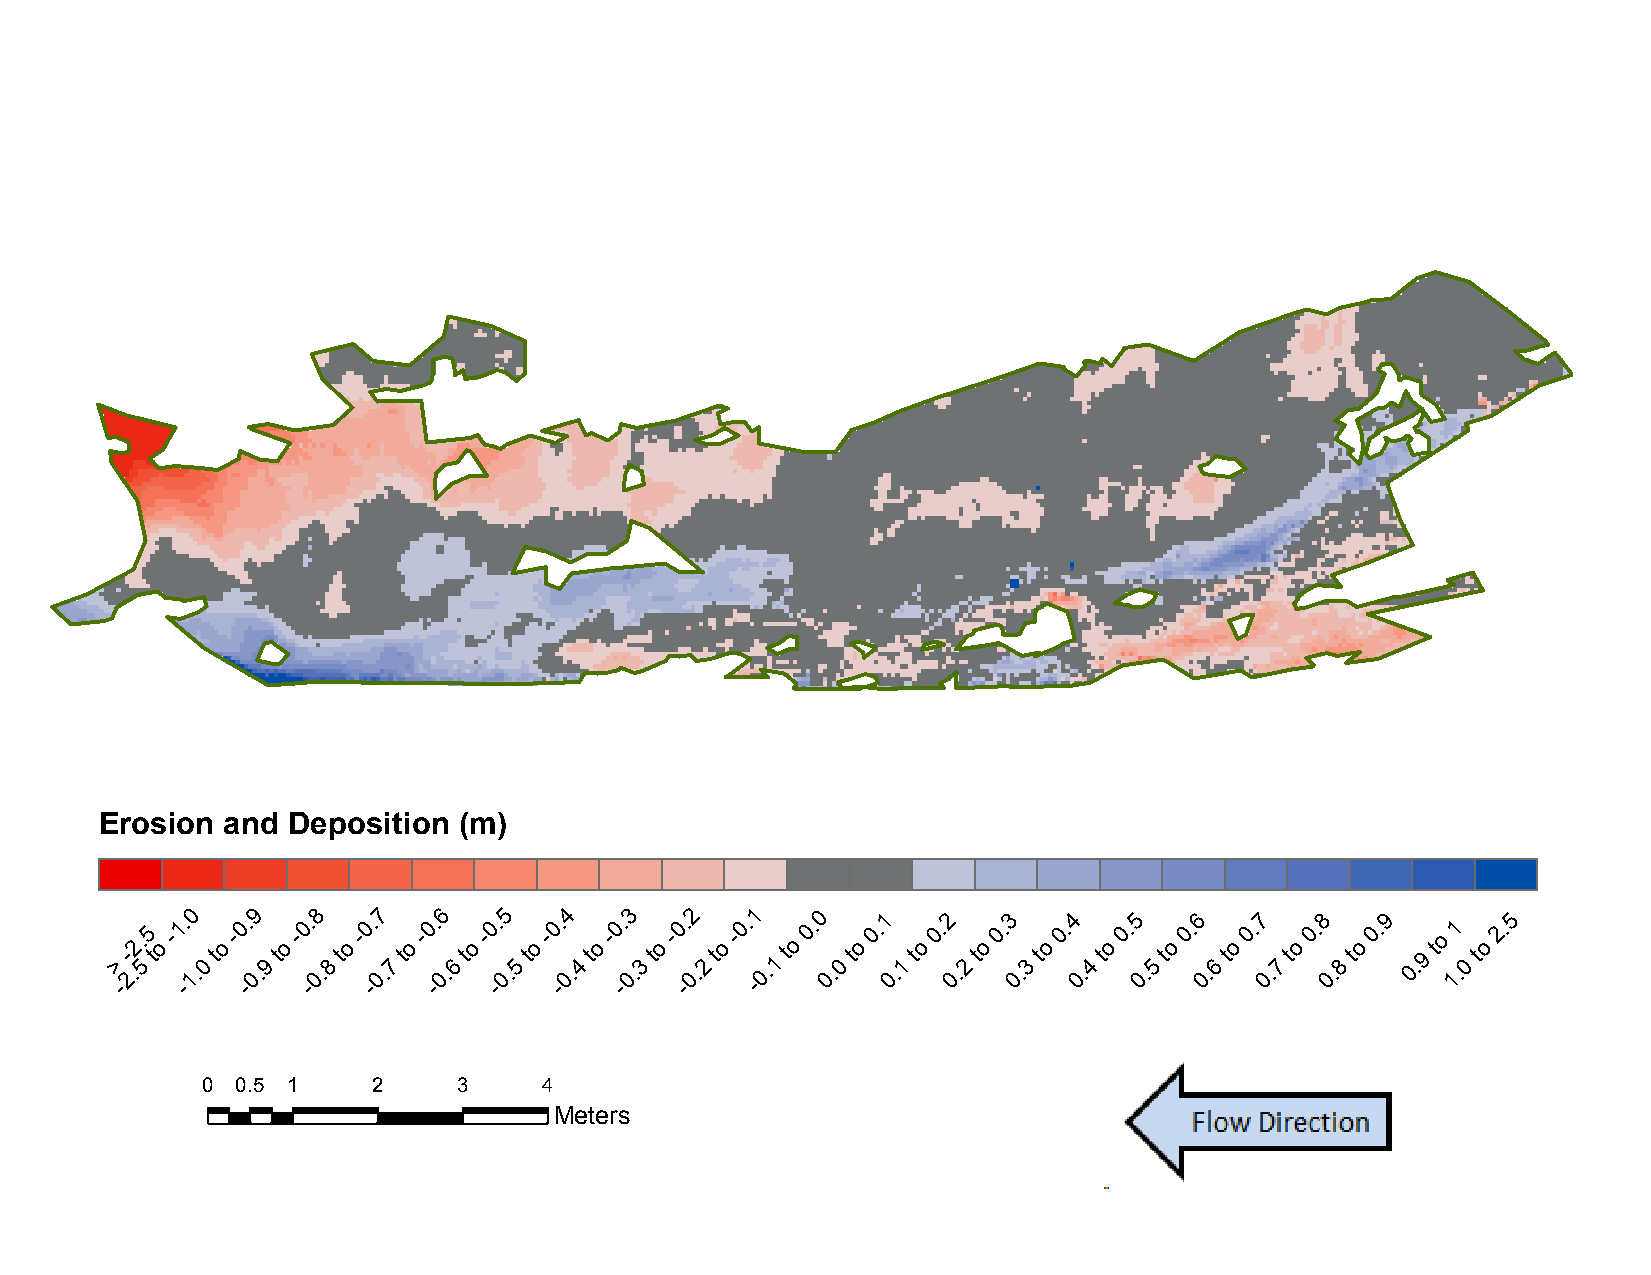
B20:     November          2012     to   November          2015
 Erosion and Deposition (m)
 >
 -
 -
 2.2.
 5
 5
 t
 o
 -1 -. 10
 .0
 to
 -0 -. 09
 .9
 to
 -0 -. 08
 .8
 to
 -0 -. 07
 .7
 to
 -0 -. 06
 .6
 to
 -0 -. 05
 .5
 to
 -0 -. 04
 .4
 to
 -0 -. 03
 .3
 to
 -0 -. 02
 .2
 to
 -0. -1
 0.1
 to
 0. 0
 0.
 0
 to
 0.1
 0
 .1
 to
 0.2
 0
 .2
 to
 0.3
 0
 .3
 to
 0.4
 0.
 4
 to
 0.5
 0.
 5
 to
 0.6
 0.
 6
 to
 0.7
 0.
 7
 to
 0.8
 0.
 8
 to
 0.9
 0. 9
 to
 11
 .0
 to
 2.5
 0  0.5 1    2    3     4
 Meters